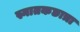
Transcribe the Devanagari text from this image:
स्नातकछात्रा